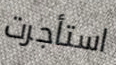
استأجرت